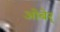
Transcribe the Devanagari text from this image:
ओबेर्